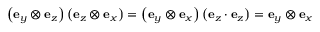
\left( \mathbf { e } _ { y } \otimes \mathbf { e } _ { z } \right) \left( \mathbf { e } _ { z } \otimes \mathbf { e } _ { x } \right) = \left( \mathbf { e } _ { y } \otimes \mathbf { e } _ { x } \right) \left( \mathbf { e } _ { z } \cdot \mathbf { e } _ { z } \right) = \mathbf { e } _ { y } \otimes \mathbf { e } _ { x }